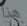
هذا